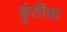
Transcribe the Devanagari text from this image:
कुंतीचा